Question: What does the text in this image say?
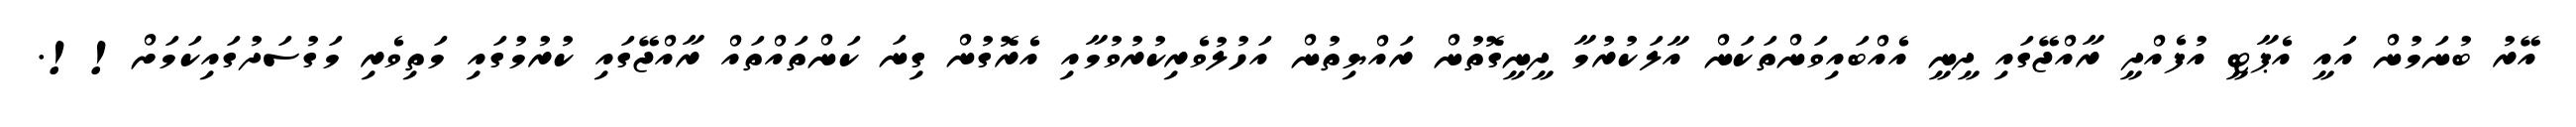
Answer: އޭރު ބުނަމުން އައީ އެޕާޓީ އުފެއްދީ ރާއްޖޭގައި ދީނީ އެއްބައިވަންތަކަން އާލަކުރުމާ ދީނީގޮތުން ރައްޔިތުން އަހުލުވެރިކުރުވުމާއި އެރޮގުން ގިނަ ކަންތައްތައް ރާއްޖޭގައި ކުރުމުގައި މަތިވެރި މަގުސަދުގައިކަމަށް!!.